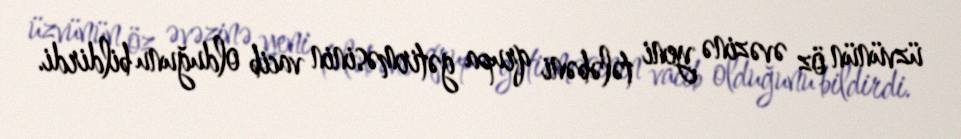
üzvünün öz əvəzinə yeni tələbəni qrupa gətirməsinin vacib olduğunu bildirdi.